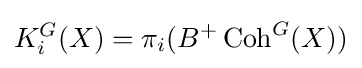
K_{i}^{G}(X)=\pi _{i}(B^{+}\operatorname {Coh} ^{G}(X))